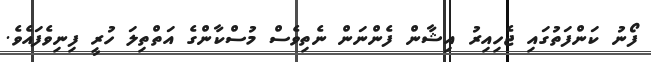
ފޯނު ކަންފަތުގައި ޖެހިއިރު އިޝާން ފެންނަން ނެތިވެސް މުސްކާންގެ އަތްތިލަ ހުރީ ފިނިވެފައެވެ.